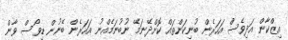
އިޒްކާން އަދިވެސް އަހަރެން ބުނިކަންތައް ކޮށްދޭނަމޭ ނުބުނަމެއްނު އަހަރެން ބޭނުން ޑިވޯސް ވާން